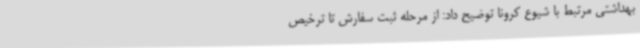
بهداشتی مرتبط با شیوع کرونا توضیح داد: از مرحله ثبت سفارش تا ترخیص